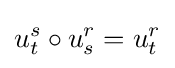
u_{t}^{s}\circ u_{s}^{r}=u_{t}^{r}